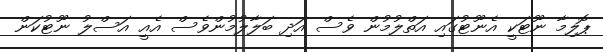
ޕޮލިމާ ނޫޓަކީ އެނޫޓުގައި އަތްލުމުން ވެސް އަދި ބަލާލުމުންވެސް އެއީ އަސްލު ނޫޓުކަން